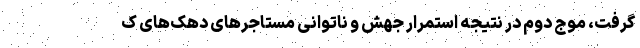
گرفت، موج دوم در نتیجه استمرار جهش و ناتوانی مستاجرهای دهک‌‌های ک